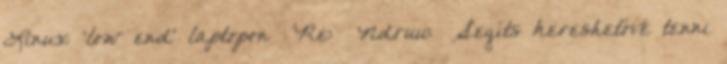
Linux 'low end' laptopon Re: Ndruu: Segíts kereshetővé tenni